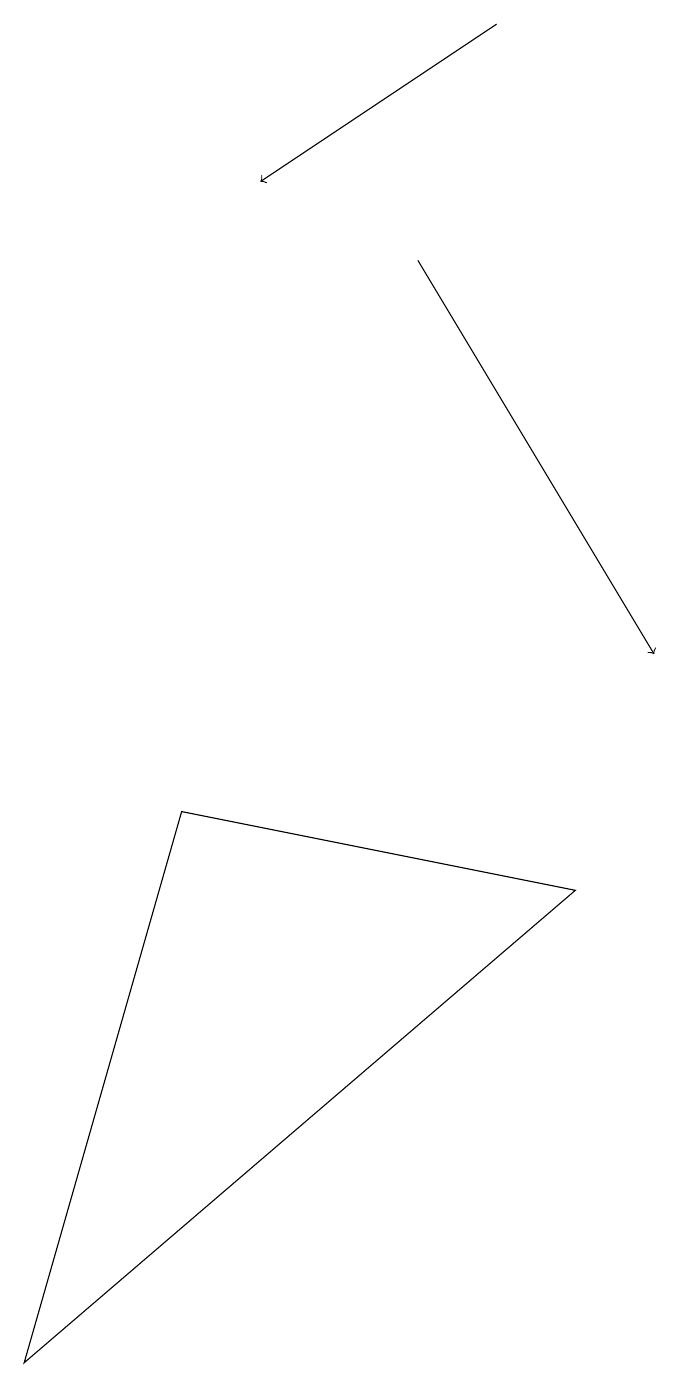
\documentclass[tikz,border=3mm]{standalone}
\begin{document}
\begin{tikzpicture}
\draw[->] (6,16) -- (9,11);
\draw (8,8) -- (3,9) -- (1,2) -- cycle;
\draw[->] (7,19) -- (4,17);
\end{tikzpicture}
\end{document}